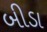
બીડા